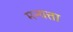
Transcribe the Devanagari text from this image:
मन्यत्ता